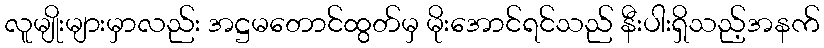
လူမျိုးများမှာလည်း အဋ္ဌမတောင်ထွတ်မှ မိုးအောင်ရင်သည် နီးပါးရှိသည့်အနက်